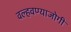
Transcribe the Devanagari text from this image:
वल्हवण्याजोगी